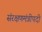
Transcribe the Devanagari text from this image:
संरक्षणमंत्रीपदी